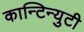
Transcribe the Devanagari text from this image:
कान्टिन्युटी